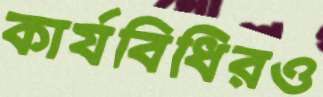
কার্যবিধিরও